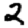
Digit: 2